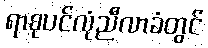
ရာစုပင်လုံညီလာခံတွင်